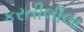
કરતીલીલા